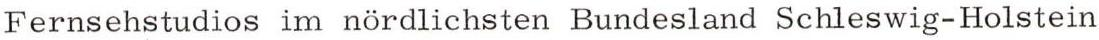
Fernsehstudios im nördlichsten Bundesland Schleswig-Holstein